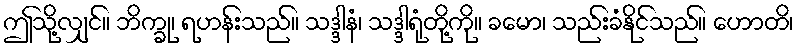
ဤသို့လျှင်။ ဘိက္ခု၊ ရဟန်းသည်။ သဒ္ဒါနံ၊ သဒ္ဒါရုံတို့ကို။ ခမော၊ သည်းခံနိုင်သည်။ ဟောတိ၊